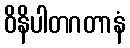
ဝိနိပါတဂတာနံ